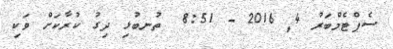
ސެޕްޓެމްބަރު 4